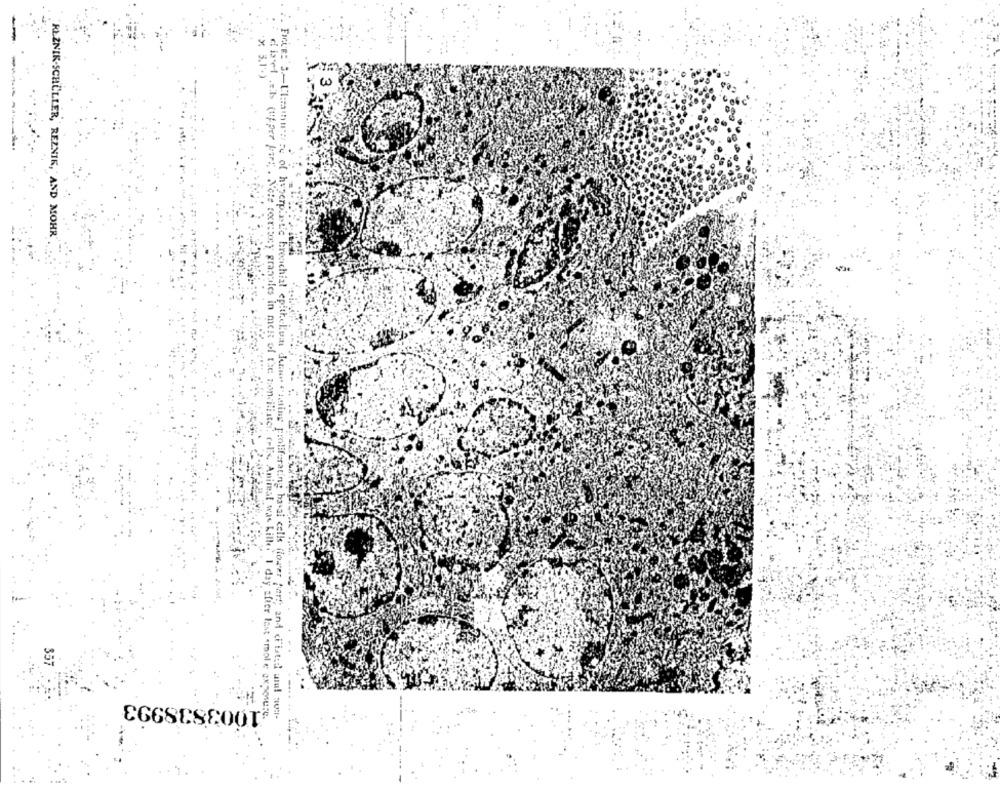
x 3.1.)
KLZNIK-SCHÜLLER, REZNIK, AND MOHR'
diret al (upper part . Nole tecronny
Blister. (le Animeat was Killer I day sfier last <mole exposure.
ting proliferating ha al cells flower Aart and (Fisted au! aoi-